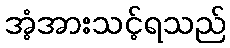
အံ့အားသင့်ရသည်